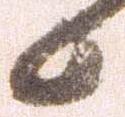
候